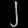
Digit: ၂